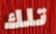
تلك